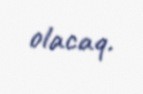
olacaq.